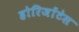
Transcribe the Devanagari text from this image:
होरिजोंटेस